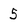
Character: 5